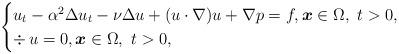
LaTeX: \begin{align*}\begin{cases}u_t-\alpha^2 \Delta u_t-\nu\Delta u + (u\cdot \nabla)u +\nabla p=f,\boldsymbol{x}\in \Omega, \ t>0,\\\div\, u =0, \boldsymbol{x}\in \Omega, \ t>0,\end{cases}\end{align*}